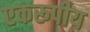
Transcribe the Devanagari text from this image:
एकरूपीय